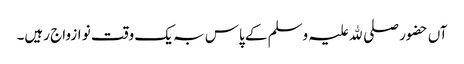
آں حضور صلی ﷲ علیہ وسلم کے پاس بہ یک وقت نو ازواج رہیں۔